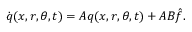
\dot { q } ( x , r , \theta , t ) = A q ( x , r , \theta , t ) + A B \hat { f } .